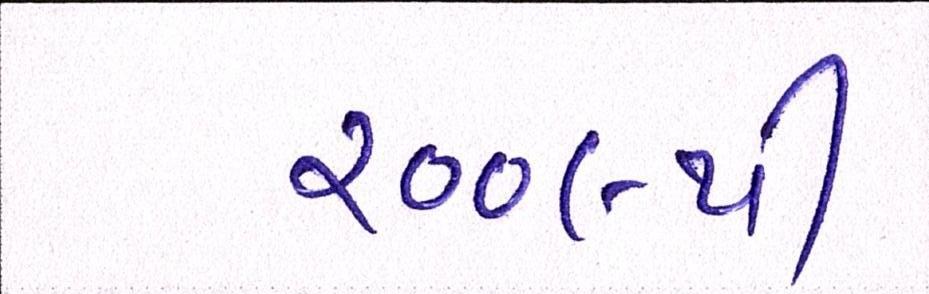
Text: ૨૦૦૯થી